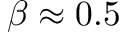
\beta \approx 0 . 5